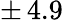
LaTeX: \pm\, 4.9